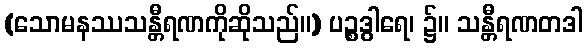
(သောမနဿသန္တီရဏကိုဆိုသည်။) ပဉ္စဒွါရေ၊ ၌။ သန္တီရဏတဒါ